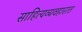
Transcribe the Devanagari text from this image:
साहित्यव्यवहारात